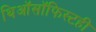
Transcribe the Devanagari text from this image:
थिऑसॉफिस्टही